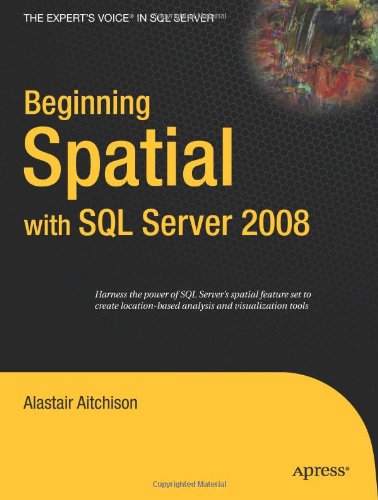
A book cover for Beginning Spatial with SQL Server 2008 (Expert's Voice in SQL Server); Alastair Aitchison; Computers & Technology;